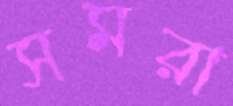
সমরা